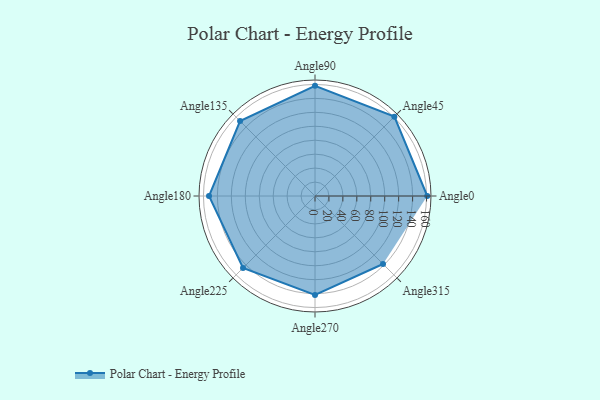
{"axis": {"x": "Angle", "y": "Radius"}, "legend": [""], "data": [{"x": "Angle0", "y": 161.0, "type": ""}, {"x": "Angle45", "y": 161.0, "type": ""}, {"x": "Angle90", "y": 158.0, "type": ""}, {"x": "Angle135", "y": 152.0, "type": ""}, {"x": "Angle180", "y": 152.0, "type": ""}, {"x": "Angle225", "y": 146.0, "type": ""}, {"x": "Angle270", "y": 142.0, "type": ""}, {"x": "Angle315", "y": 138.0, "type": ""}]}